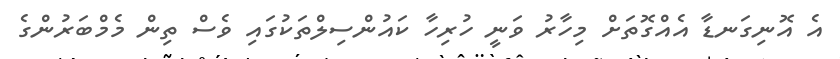
އެ އޮނިގަނޑާ އެއްގޮތަށް މިހާރު ވަނީ ހުރިހާ ކައުންސިލްތަކުގައި ވެސް ތިން މެމްބަރުންގެ